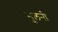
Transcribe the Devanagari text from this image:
भूलनी